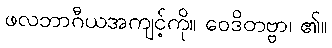
ဖလဘာဂီယအကျင့်ကို။ ဝေဒိတဗ္ဗာ၊ ၏။